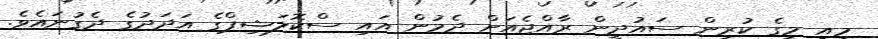
މިއީ މީގެ ކުރިން ސައުދީން ރާއްޖެއަށް ދެމުން އައި ސްކޮލަޝިޕްގެ އަދަދުގެ ދެގުނައެވެ.